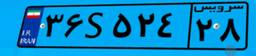
۳۶S۵۲۴۲۸